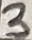
Text: 3